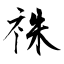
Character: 祩